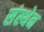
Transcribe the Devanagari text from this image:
संस्थेन